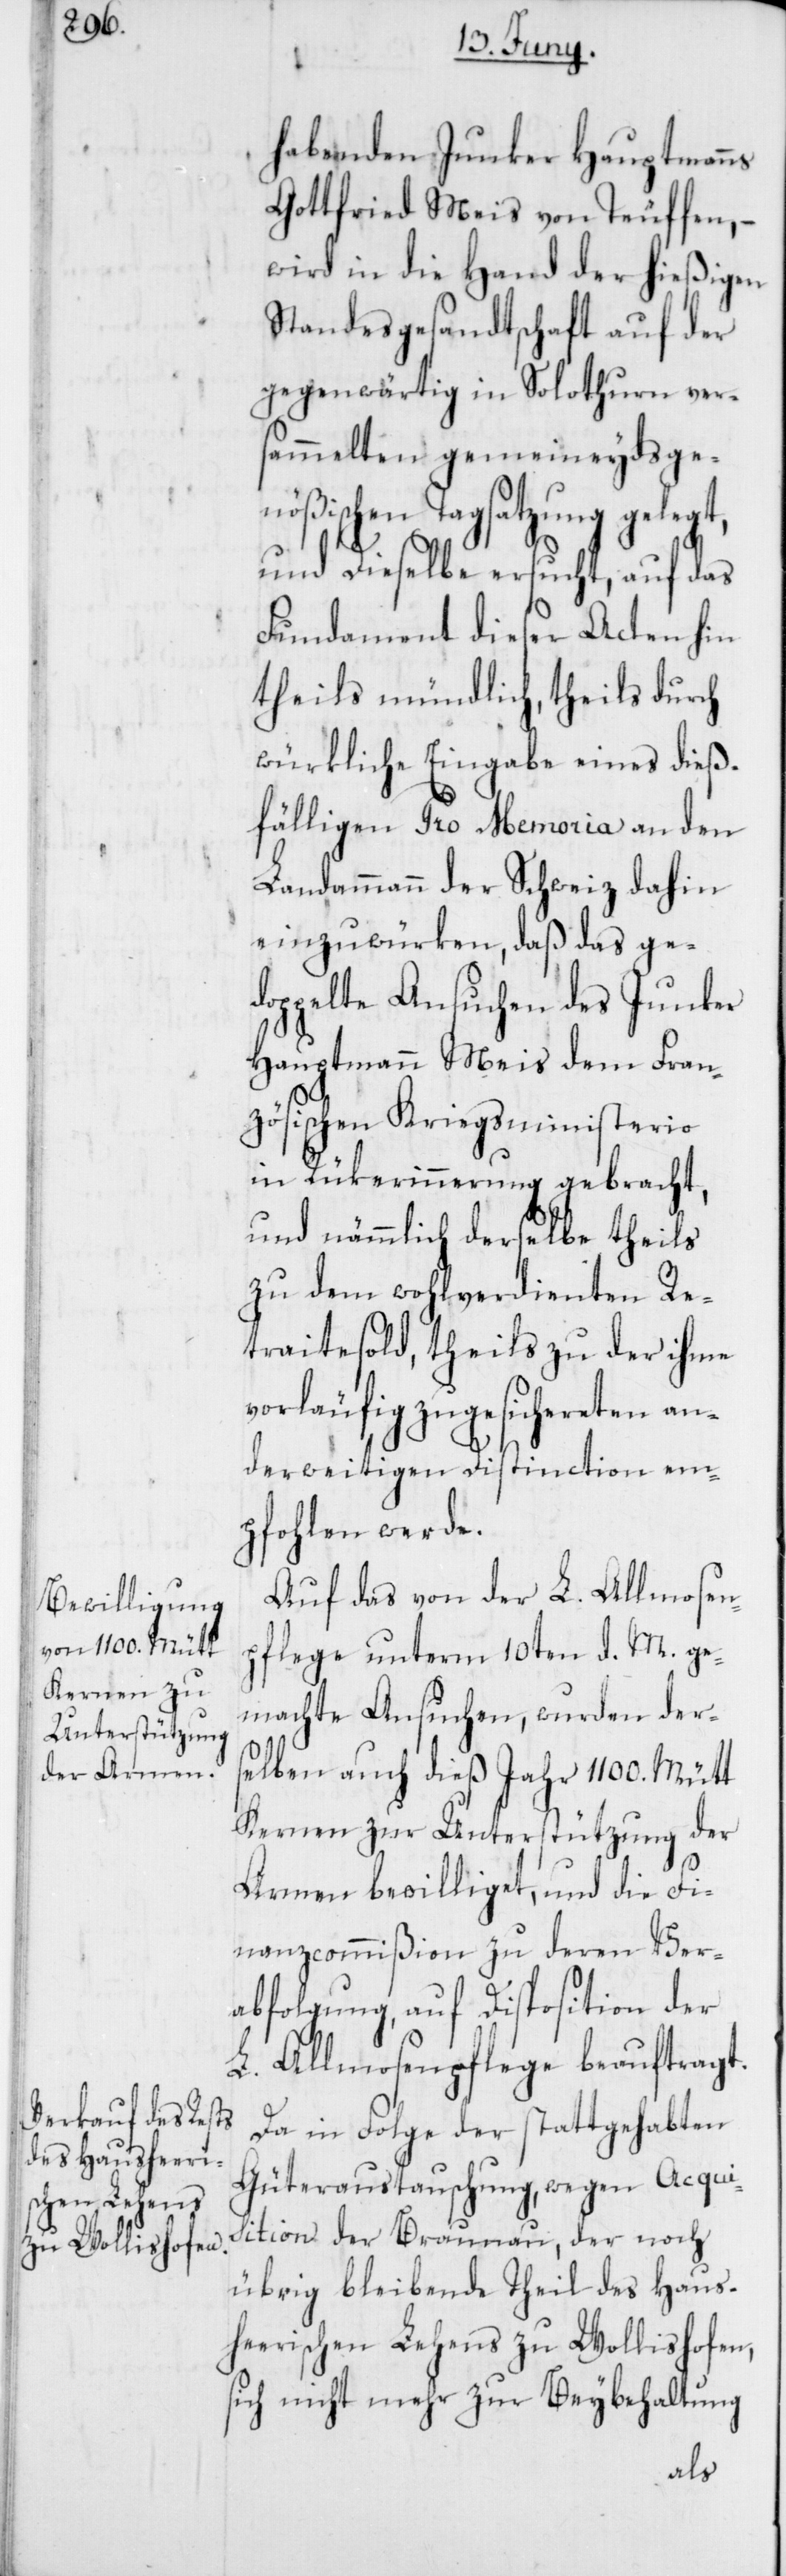
habenden Junker Hauptmanns
Gottfried Meis von Teuffen, –
wird in die Hand der hießigen
Standesgesandtschaft auf der
gegenwärtig in Solothurn ver¬
sammelten gemeineydsge¬
nößischen Tagsatzung gelegt,
und dieselbe ersucht, auf das
Fundament dieser Acten hin
theils mündlich, theils durch
würkliche Eingabe eines dieß¬
fälligen Pro Memoria an den
Landammann der Schweiz dahin
einzuwürken, daß das ge¬
doppelte Ansuchen des Junker
Hauptmann Meis dem Fran¬
zösischen Kriegsministerio
in Rükerinnerung gebracht,
und nämmlich derselbe theils
zu dem wohlverdienten Re¬
traitesold, theils zu der ihme
vorläufig zugesichereten an¬
derweitigen Distinction em¬
pfohlen werde.
Auf das von der L. Allmosen¬
pflege unterm 10ten d. M. ge¬
machte Ansuchen, wurden der¬
selben auch dieß Jahr 1100. Mütt
Kernen zur Unterstützung der
Armen bewilliget, und die Fi¬
nanzcommißion zu deren Ver¬
abfolgung, auf Disposition der
L. Allmosenpflege beauftragt.
Da in Folge der stattgehabten
Güteraustauschung, wegen Acqui¬
sition der Braunau, der noch
übrig bleibende Theil des Haus¬
heerischen Lehens zu Wollishofen,
sich nicht mehr zur Beybehaltung